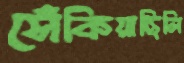
সেঁকিয়াছিলি